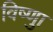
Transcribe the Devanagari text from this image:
विष्णुा